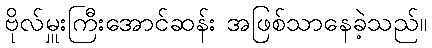
ဗိုလ်မှူးကြီးအောင်ဆန်း အဖြစ်သာနေခဲ့သည်။